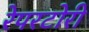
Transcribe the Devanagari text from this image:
रेपरटोरी